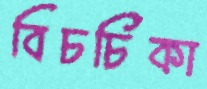
বিচর্চিকা